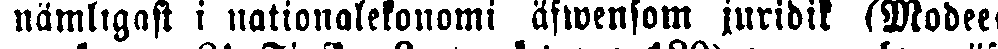
nämligast i nationalekonomi äfwensom juridik (Modee